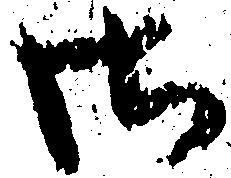
御